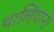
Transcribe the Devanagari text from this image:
थालियाना